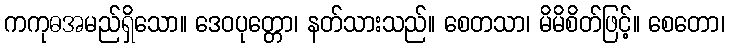
ကကုဓအမည်ရှိသော။ ဒေဝပုတ္တော၊ နတ်သားသည်။ စေတသာ၊ မိမိစိတ်ဖြင့်။ စေတော၊